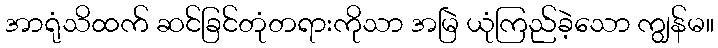
အာရုံသိထက် ဆင်ခြင်တုံတရားကိုသာ အမြဲ ယုံကြည်ခဲ့သော ကျွန်မ။